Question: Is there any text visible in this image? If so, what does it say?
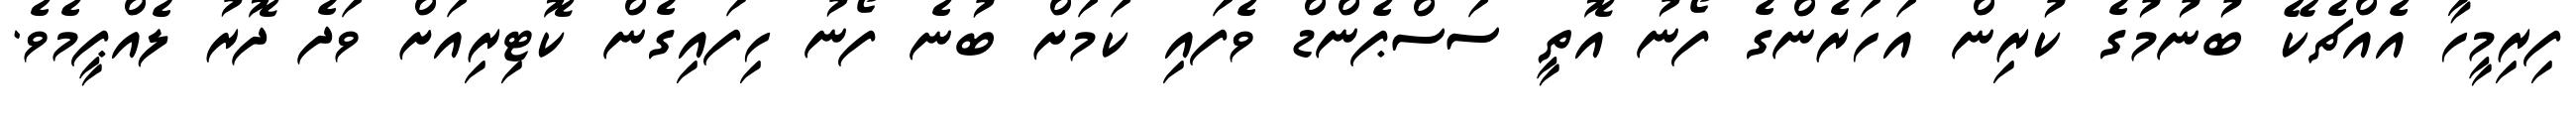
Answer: ފިރިމީހާ އެއްޗެކޭ ބުނުމުގެ ކުރިން އަހަރެންގެ ފޯނު އޮތީ ސަސްޕެންޑް ވެފައި ކަމަށް ބުނެ ފޯނު ހިފައިގެން ކޮޓިރިއަށް ވަދެ ދޮރު ލެއްޕީމެވެ.